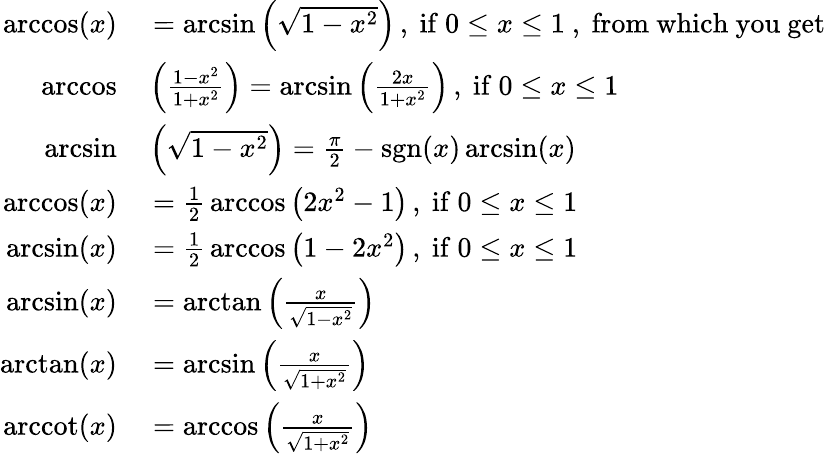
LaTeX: \begin{array}{rl}{\operatorname{arccos}(x)}&{{}=\arcsin\left({\sqrt{1-x^{2}}}\right)\, ,{\mathrm{~if~}}0\leq x\leq 1{\mathrm{~,~from~which~you~get~}}}\\ {\operatorname{arccos}}&{{}\left({\frac{1-x^{2}}{1+x^{2}}}\right)=\arcsin\left({\frac{2x}{1+x^{2}}}\right)\, ,{\mathrm{~if~}}0\leq x\leq 1}\\ {\arcsin}&{{}\left({\sqrt{1-x^{2}}}\right)={\frac{\pi}{2}}-\operatorname{sgn}(x)\arcsin(x)}\\ {\operatorname{arccos}(x)}&{{}={\frac{1}{2}}\operatorname{arccos}\left(2x^{2}-1\right)\, ,{\mathrm{~if~}}0\leq x\leq 1}\\ {\arcsin(x)}&{{}={\frac{1}{2}}\operatorname{arccos}\left(1-2x^{2}\right)\, ,{\mathrm{~if~}}0\leq x\leq 1}\\ {\arcsin(x)}&{{}=\arctan\left({\frac{x}{\sqrt{1-x^{2}}}}\right)}\\ {\arctan(x)}&{{}=\arcsin\left({\frac{x}{\sqrt{1+x^{2}}}}\right)}\\ {\operatorname{arccot}(x)}&{{}=\operatorname{arccos}\left({\frac{x}{\sqrt{1+x^{2}}}}\right)}\end{array}